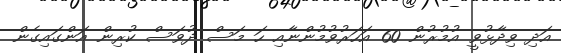
އަދި ވިދާޅުވީ އުމުރުން 60 އަހަރުވުމުންނާއި ހަ މަސް ދުވަސް ކުރިން އަންގައިގެން